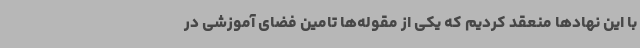
با این نهادها منعقد کردیم که یکی از مقوله‌ها تامین فضای آموزشی در